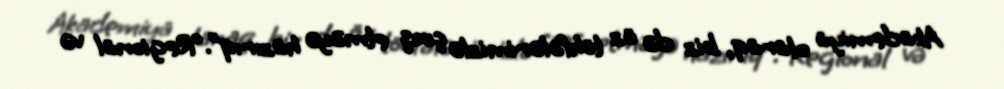
Akademiya olaraq, biz də öz töhfələrimizlə çıxış etməyə hazırıq”.“Regional və